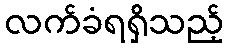
လက်ခံရရှိသည့်